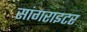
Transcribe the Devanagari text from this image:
सांगराइटर